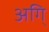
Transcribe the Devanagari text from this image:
अगि्